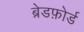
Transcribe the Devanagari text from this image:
ब्रेडफ़ोर्ड